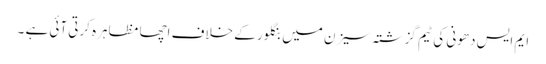
ایم ایس دھونی کی ٹیم گزشتہ سیزن میں بنگلور کے خلاف اچھا مظاہرہ کرتی آئی ہے ۔